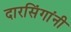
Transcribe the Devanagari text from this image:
दारसिंगांनी